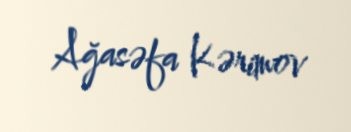
Ağasəfa Kərimov